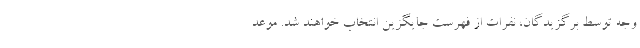
وجه توسط برگزیدگان، نفرات از فهرست جایگزین انتخاب خواهند شد. موعد